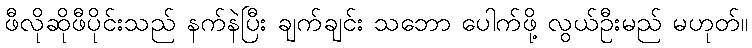
ဖီလိုဆိုဖီပိုင်းသည် နက်နဲပြီး ချက်ချင်း သဘော ပေါက်ဖို့ လွယ်ဦးမည် မဟုတ်။